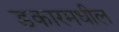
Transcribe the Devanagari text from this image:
डकारमधील